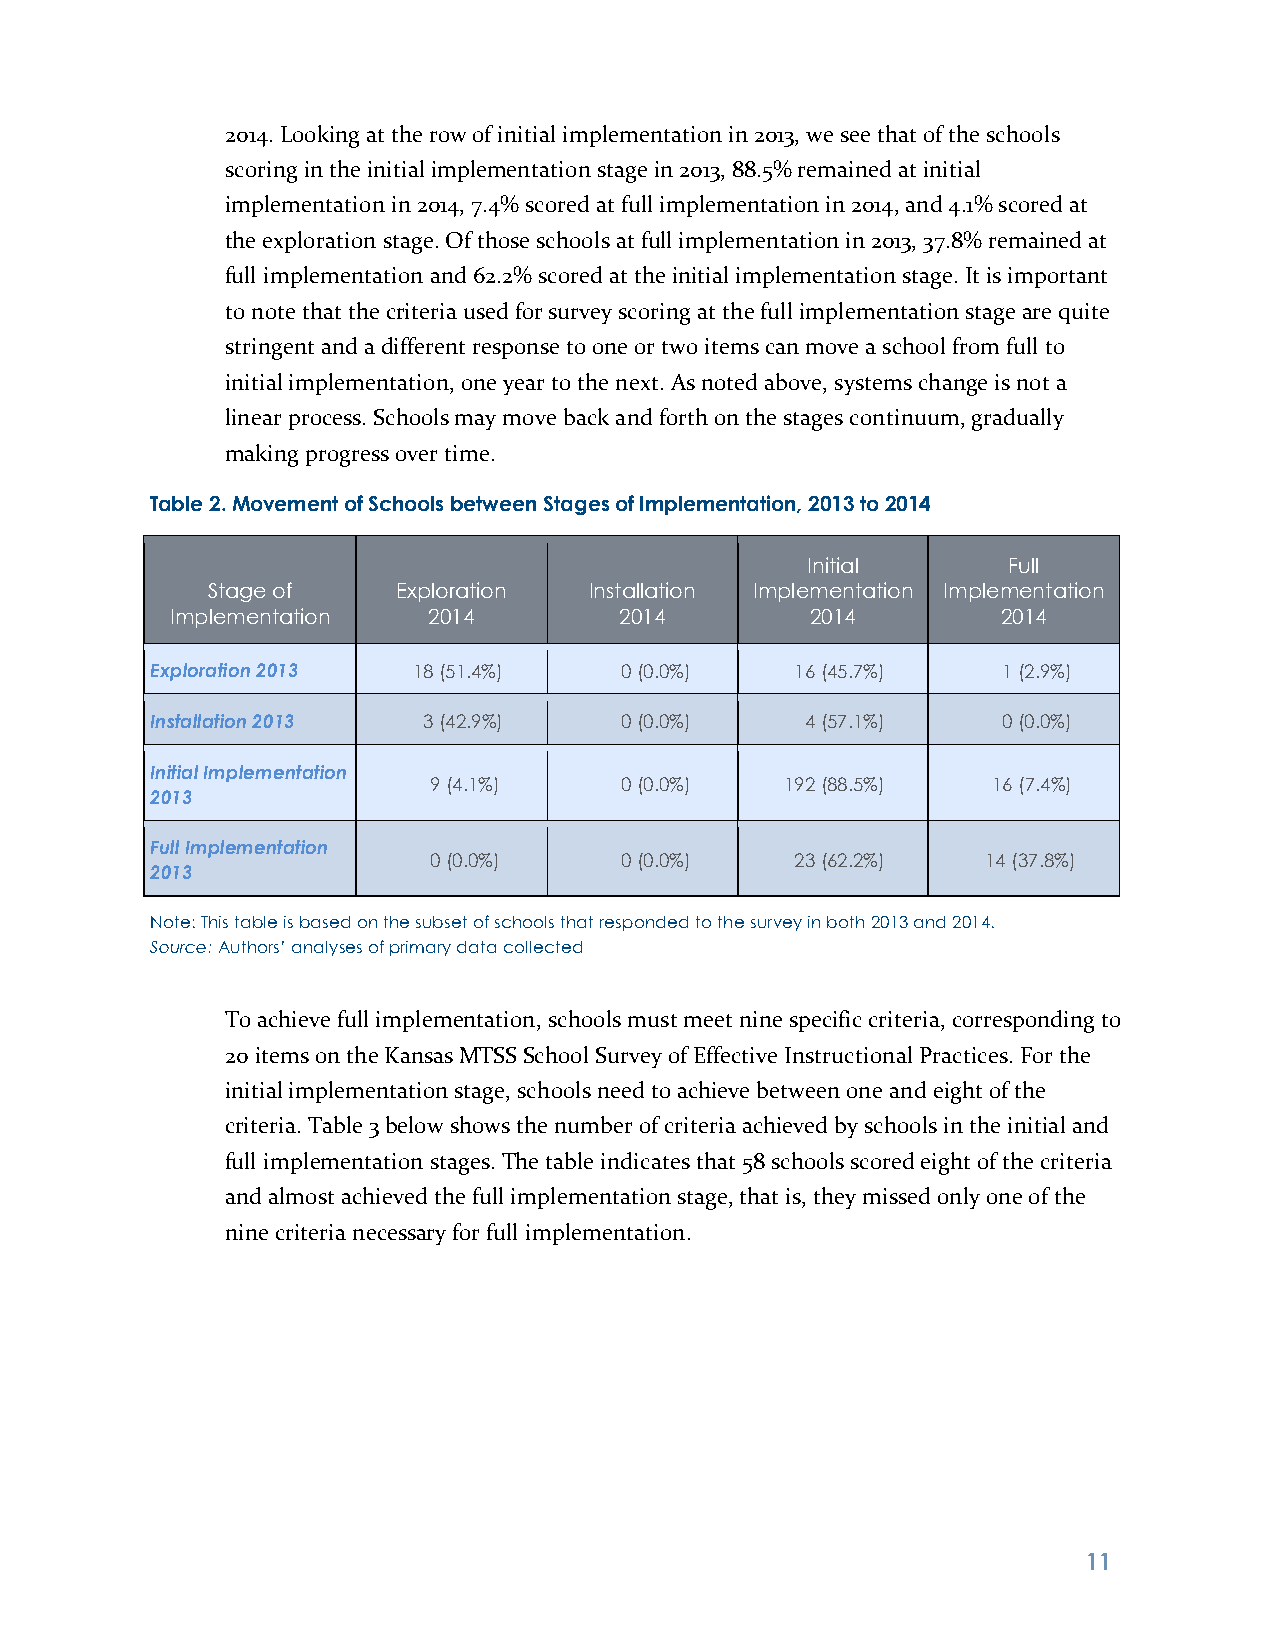
2014. Looking at the row of initial implementation in 2013, we see that of the schools
 scoring in the initial implementation stage in 2013, 88.5% remained at initial
 implementation in 2014, 7.4% scored at full implementation in 2014, and 4.1% scored at
 the exploration stage. Of those schools at full implementation in 2013, 37.8% remained at
 full implementation and 62.2% scored at the initial implementation stage. It is important
 to note that the criteria used for survey scoring at the full implementation stage are quite
 stringent and a different response to one or two items can move a school from full to
 initial implementation, one year to the next. As noted above, systems change is not a
 linear process. Schools may move back and forth on the stages continuum, gradually
 making progress over time.
 Table 2. Movement of Schools between Stages of Implementation, 2013 to 2014
 Initial       Full
 Stage of    Exploration  Installation Implementation Implementation
 Implementation   2014         2014         2014        2014
 Exploration 2013 18 (51.4%)    0 (0.0%)    16 (45.7%)   1 (2.9%)
 Installation 2013 3 (42.9%)    0 (0.0%)    4 (57.1%)    0 (0.0%)
 Initial Implementation
 9 (4.1%)     0 (0.0%)   192 (88.5%)   16 (7.4%)
 2013
 Full Implementation
 0 (0.0%)     0 (0.0%)    23 (62.2%)  14 (37.8%)
 2013
 Note: This table is based on the subset of schools that responded to the survey in both 2013 and 2014.
 Source: Authors’ analyses of primary data collected
 To achieve full implementation, schools must meet nine specific criteria, corresponding to
 20 items on the Kansas MTSS School Survey of Effective Instructional Practices. For the
 initial implementation stage, schools need to achieve between one and eight of the
 criteria. Table 3 below shows the number of criteria achieved by schools in the initial and
 full implementation stages. The table indicates that 58 schools scored eight of the criteria
 and almost achieved the full implementation stage, that is, they missed only one of the
 nine criteria necessary for full implementation.
 1 1